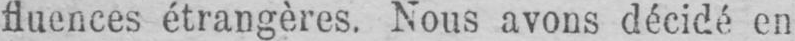
fluences étrangères. Nous avons décidé en